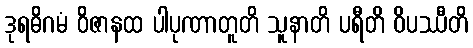
ဒုရဓိဂမံ ဝိဇာနထ ပါပုဏာတူတိ သူနာတိ ပရီတိ ဝိပဿီတိ